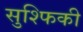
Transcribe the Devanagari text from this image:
सुश्फिकी